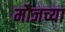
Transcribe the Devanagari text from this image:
मौजच्या